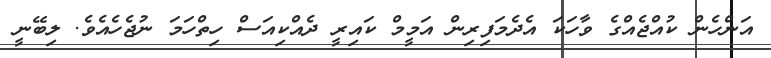
އަންހެން ކުއްޖެއްގެ ވާހަކަ އެދެމަފިރިން އަމީމް ކައިރީ ދެއްކިއަސް ހިތްހަމަ ނުޖެހެއެވެ. ލިބޭނީ